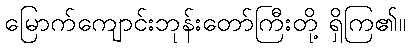
မြောက်ကျောင်းဘုန်းတော်ကြီးတို့ ရှိကြ၏။